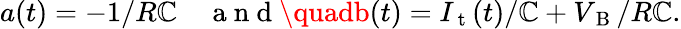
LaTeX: a(t)=-1/R\mathbb{C}\quad\mathrm{{~a~n~d~}}\quadb(t)=I_{\mathrm{{~t~}}}(t)/\mathbb{C}+V_{\mathrm{{~B~}}}/R\mathbb{C}.